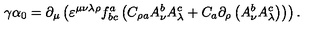
\gamma \alpha _ { 0 } = \partial _ { \mu } \left( \varepsilon ^ { \mu \nu \lambda \rho } f _ { b c } ^ { a } \left( C _ { \rho a } A _ { \nu } ^ { b } A _ { \lambda } ^ { c } + C _ { a } \partial _ { \rho } \left( A _ { \nu } ^ { b } A _ { \lambda } ^ { c } \right) \right) \right) .